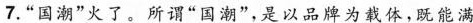
7.”国潮”火了。所谓”国潮”，是以品牌为载体，既能满